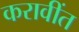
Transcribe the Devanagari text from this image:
करावींत